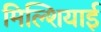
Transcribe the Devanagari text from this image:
मिल्शियाई